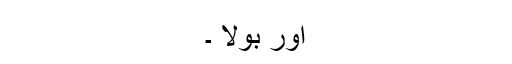
اور بولا ۔